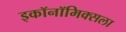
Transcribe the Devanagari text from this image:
इकॉनॉमिक्सला